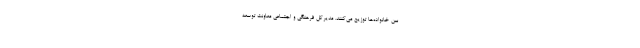
بین خانواده‌ها توزیع می‌کنند. مدیرکل فرهنگی و اجتماعی معاونت توسعه